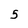
Character: 5